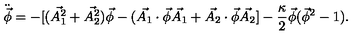
\ddot { \vec { \phi } } = - [ ( \vec { A _ { 1 } ^ { 2 } } + \vec { A _ { 2 } ^ { 2 } } ) \vec { \phi } - ( \vec { A _ { 1 } } \cdot \vec { \phi } \vec { A _ { 1 } } + \vec { A _ { 2 } } \cdot \vec { \phi } \vec { A _ { 2 } } ] - \frac { \kappa } { 2 } \vec { \phi } ( \vec { \phi } ^ { 2 } - 1 ) .